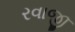
રવાજી